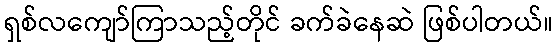
ရှစ်လကျော်ကြာသည့်တိုင် ခက်ခဲနေဆဲ ဖြစ်ပါတယ်။